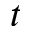
t